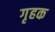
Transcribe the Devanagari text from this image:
गृहक